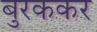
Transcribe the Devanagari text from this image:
बुरककर